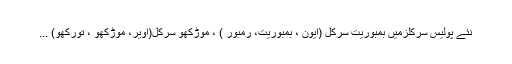
نئے پولیس سرکلزمیں بمبوریت سرکل (ایون ، بمبوریت، رمبور ) ، موڑکھو سرکل(اویر، موڑکھو ، تورکھو) ...